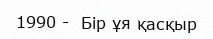
1990 -  Бір ұя қасқыр